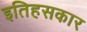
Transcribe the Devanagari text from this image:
इतिहसकार